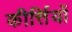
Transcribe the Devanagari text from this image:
कीर्त्तियों